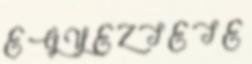
E G Y E Z T E T E